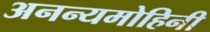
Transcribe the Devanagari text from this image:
अनन्यमोहिनी